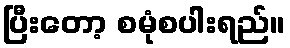
ပြီးတော့ စမုံစပါးရည်။